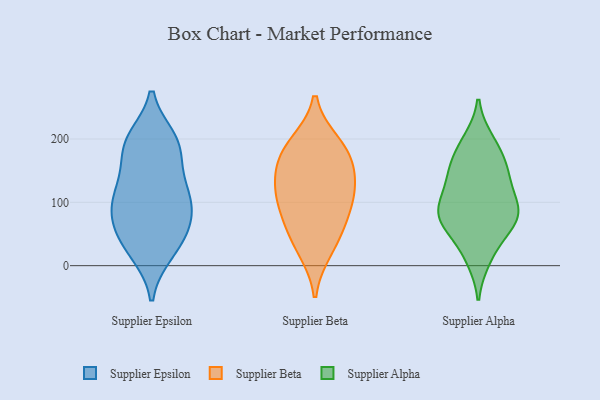
{"axis": {"x": "LTV (USD)", "y": "Value"}, "legend": ["Supplier Alpha", "Supplier Beta", "Supplier Epsilon"], "data": [{"x": "", "y": 126, "type": "Supplier Epsilon"}, {"x": "", "y": 78, "type": "Supplier Epsilon"}, {"x": "", "y": 52, "type": "Supplier Epsilon"}, {"x": "", "y": 58, "type": "Supplier Epsilon"}, {"x": "", "y": 20, "type": "Supplier Epsilon"}, {"x": "", "y": 113, "type": "Supplier Epsilon"}, {"x": "", "y": 45, "type": "Supplier Epsilon"}, {"x": "", "y": 170, "type": "Supplier Epsilon"}, {"x": "", "y": 106, "type": "Supplier Epsilon"}, {"x": "", "y": 195, "type": "Supplier Epsilon"}, {"x": "", "y": 198, "type": "Supplier Epsilon"}, {"x": "", "y": 200, "type": "Supplier Epsilon"}, {"x": "", "y": 88, "type": "Supplier Epsilon"}, {"x": "", "y": 20, "type": "Supplier Epsilon"}, {"x": "", "y": 189, "type": "Supplier Epsilon"}, {"x": "", "y": 133, "type": "Supplier Epsilon"}, {"x": "", "y": 92, "type": "Supplier Epsilon"}, {"x": "", "y": 77, "type": "Supplier Beta"}, {"x": "", "y": 173, "type": "Supplier Beta"}, {"x": "", "y": 129, "type": "Supplier Beta"}, {"x": "", "y": 192, "type": "Supplier Beta"}, {"x": "", "y": 99, "type": "Supplier Beta"}, {"x": "", "y": 181, "type": "Supplier Beta"}, {"x": "", "y": 48, "type": "Supplier Beta"}, {"x": "", "y": 26, "type": "Supplier Beta"}, {"x": "", "y": 111, "type": "Supplier Beta"}, {"x": "", "y": 143, "type": "Supplier Beta"}, {"x": "", "y": 198, "type": "Supplier Alpha"}, {"x": "", "y": 141, "type": "Supplier Alpha"}, {"x": "", "y": 197, "type": "Supplier Alpha"}, {"x": "", "y": 15, "type": "Supplier Alpha"}, {"x": "", "y": 88, "type": "Supplier Alpha"}, {"x": "", "y": 107, "type": "Supplier Alpha"}, {"x": "", "y": 128, "type": "Supplier Alpha"}, {"x": "", "y": 163, "type": "Supplier Alpha"}, {"x": "", "y": 72, "type": "Supplier Alpha"}, {"x": "", "y": 54, "type": "Supplier Alpha"}, {"x": "", "y": 146, "type": "Supplier Alpha"}, {"x": "", "y": 53, "type": "Supplier Alpha"}, {"x": "", "y": 150, "type": "Supplier Alpha"}, {"x": "", "y": 75, "type": "Supplier Alpha"}, {"x": "", "y": 76, "type": "Supplier Alpha"}, {"x": "", "y": 174, "type": "Supplier Alpha"}, {"x": "", "y": 10, "type": "Supplier Alpha"}, {"x": "", "y": 98, "type": "Supplier Alpha"}, {"x": "", "y": 90, "type": "Supplier Alpha"}, {"x": "", "y": 81, "type": "Supplier Alpha"}]}